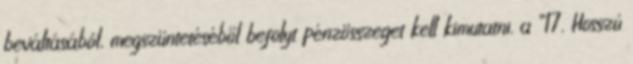
beváltásából, megszüntetéséből befolyt pénzösszeget kell kimutatni. a “17. Hosszú